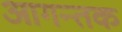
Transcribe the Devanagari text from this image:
आगन्तक